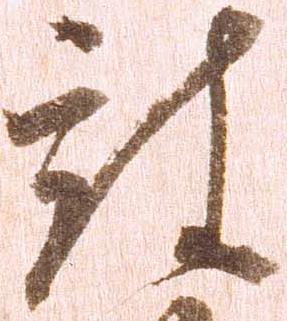
被